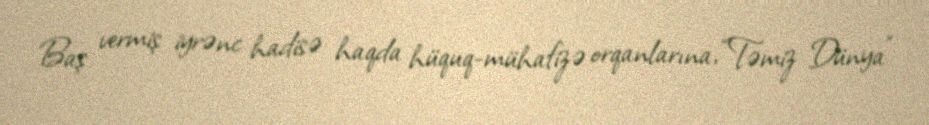
Baş vermiş iyrənc hadisə haqda hüquq-mühafizə orqanlarına, “Təmiz Dünya”